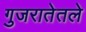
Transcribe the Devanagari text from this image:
गुजरातेतले